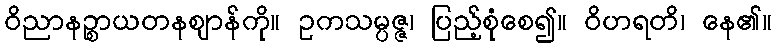
ဝိညာနဉ္စာယတနဈာန်ကို။ ဥကသမ္ပဇ္ဇ၊ ပြည့်စုံစေ၍။ ဝိဟရတိ၊ နေ၏။